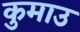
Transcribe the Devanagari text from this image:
कुमाउ